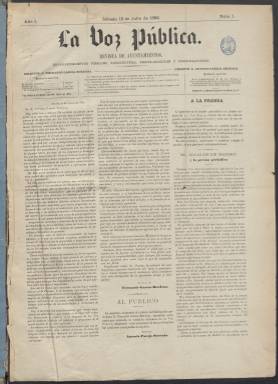
Título: La Voz pública (Madrid. 1882)
Colección: Periódicos
Ámbito geográfico: Madrid
Lugar de publicación: Madrid
Fechas: 15/07/1882-03/09/1884